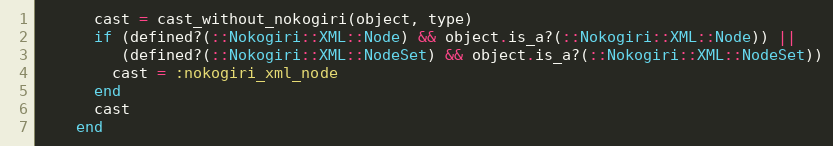
Language: Ruby
      cast = cast_without_nokogiri(object, type)
      if (defined?(::Nokogiri::XML::Node) && object.is_a?(::Nokogiri::XML::Node)) ||
         (defined?(::Nokogiri::XML::NodeSet) && object.is_a?(::Nokogiri::XML::NodeSet))
        cast = :nokogiri_xml_node
      end
      cast
    end